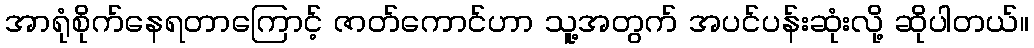
အာရုံစိုက်နေရတာကြောင့် ဇာတ်ကောင်ဟာ သူ့အတွက် အပင်ပန်းဆုံးလို့ ဆိုပါတယ်။